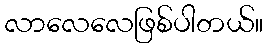
လာလေလေဖြစ်ပါတယ်။